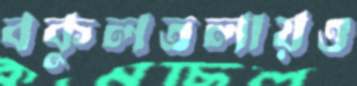
বকুলতলায়ও